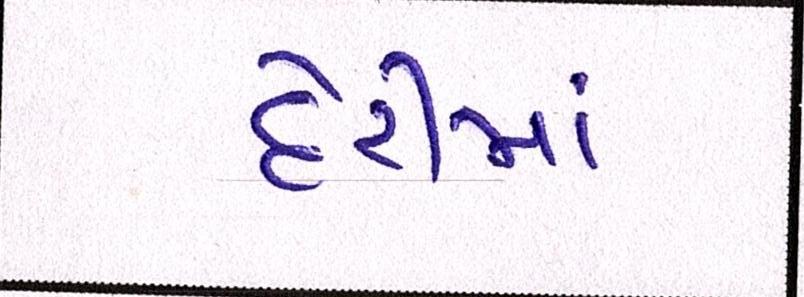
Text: દેરીમાં